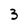
Character: 3